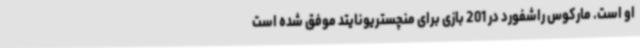
او است. مارکوس راشفورد در 201 بازی برای منچستریونایتد موفق شده است